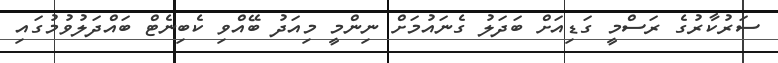
ސަރުކާރުގެ ރަސްމީ ގަޑިއަށް ބަދަލު ގެނައުމަށް ނިންމީ މިއަދު ބޭއްވި ކެބިނެޓް ބައްދަލުވުމުގައި